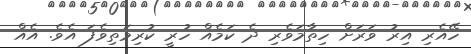
ހޭއެރި އިރު ވަރަށް ހިތާމަވެރި ދެ ކަމެއް ހުރީ ކުރިމަތިވެފަ އެވެ. އެއް